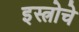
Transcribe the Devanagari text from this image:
इस्त्रोचे